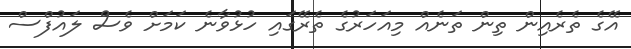
އޭގެ ތެރެއިން ތިން ތަނެއް މިއަހަރުގެ ތެރޭގައި ހުޅުވާނެ ކަމަށް ވެސް ލައުފްސް